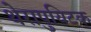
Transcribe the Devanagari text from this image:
थेरापुयिटक